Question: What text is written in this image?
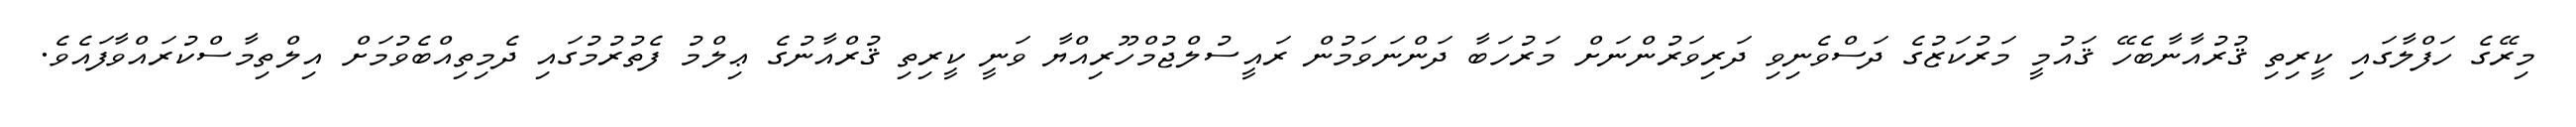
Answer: މިރޭގެ ހަފްލާގައި ކީރިތި ޤުރުއާނާބެހޭ ޤައުމީ މަރުކަޒުގެ ދަސްވެނިވި ދަރިވަރުންނަށް މަރުހަބާ ދަންނަވަމުން ރައީސުލްޖުމްހޫރިއްޔާ ވަނީ ކީރިތި ޤުރްއާނުގެ ޢިލްމު ފެތުރުމުގައި ދެމިތިއްބެވުމަށް އިލްތިމާސްކުރައްވާފައެވެ.